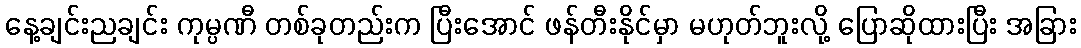
နေ့ချင်းညချင်း ကုမ္ပဏီ တစ်ခုတည်းက ပြီးအောင် ဖန်တီးနိုင်မှာ မဟုတ်ဘူးလို့ ပြောဆိုထားပြီး အခြား